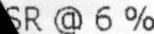
SR @ 6%